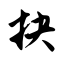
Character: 抉